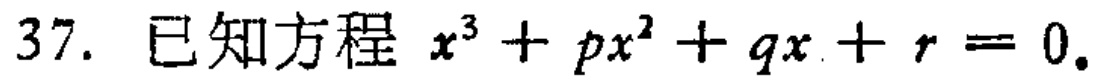
已知方程 \(x^{3}+px^{2}+qx + r = 0\).